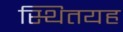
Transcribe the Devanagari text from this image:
स्थितयह